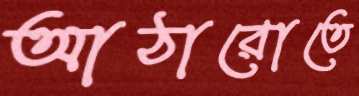
আঠারোতে